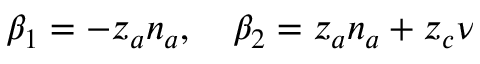
\beta _ { 1 } = - z _ { a } n _ { a } , \quad \beta _ { 2 } = z _ { a } n _ { a } + z _ { c } \nu